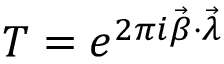
T = e ^ { 2 \pi i \vec { \beta } \cdot \vec { \lambda } }